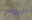
البوح